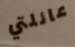
عائلتي